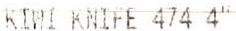
GS KIWI KNIFE 474 4"